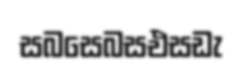
සබසෙබසඑසඩැ